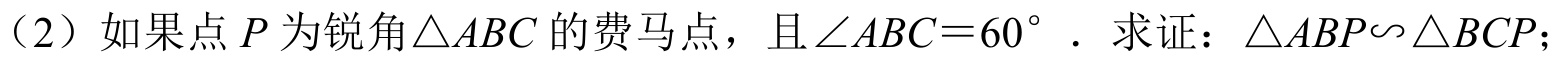
（2）如果点\(P\)为锐角\(\triangle ABC\)的费马点，且\(\angle ABC = 60^{\circ}\)．求证：\(\triangle ABP\sim\triangle BCP\)；